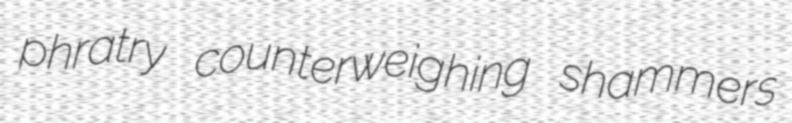
phratry counterweighing shammers